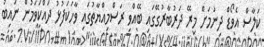
ކަލާސް އެވޯޑް ދިނުމަށް މިރޭ ދަރުބާރުގޭގައި ބޭއްވި ރަސްމިއްޔާތުގައި ވާހަކަފުޅު ދައްކަވަމުން ނައިބު